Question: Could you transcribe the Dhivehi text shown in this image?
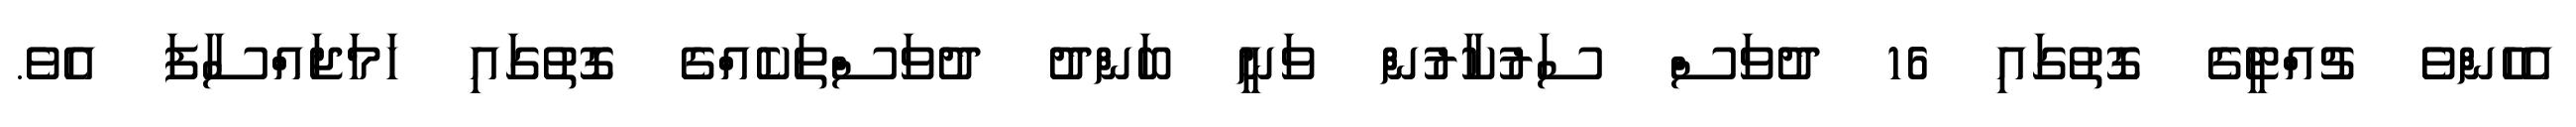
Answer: އެހެންވެ ޗުއްޓީގެ ގޮތުގައި 16 ދުވަސް ސަރުކާރުން ވަނީ ބަންދު ދުވަސްތަކެއްގެ ގޮތުގައި ހަމަޖައްސާފަ އެވެ.